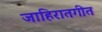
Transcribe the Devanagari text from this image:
जाहिरातगीत